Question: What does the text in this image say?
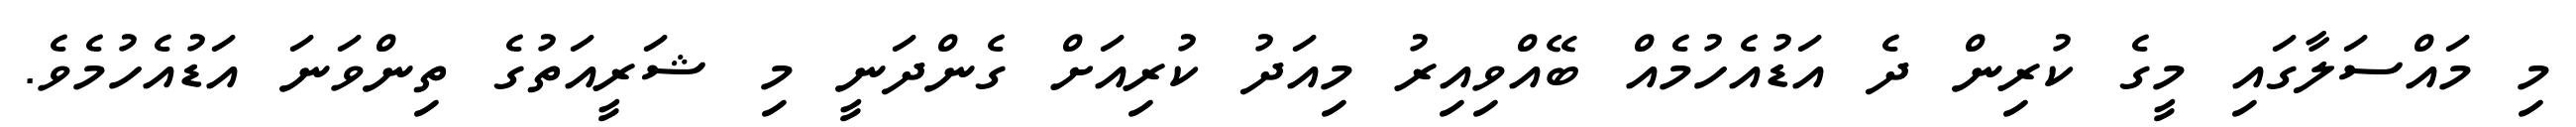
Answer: މި މައްސަލާގައި މީގެ ކުރިން ދެ އަޑުއެހުމެއް ބޭއްވިއިރު މިއަދު ކުރިއަށް ގެންދަނީ މި ޝަރީއަތުގެ ތިންވަނަ އަޑުއެހުމެވެ.